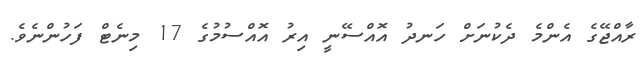
ރާއްޖޭގެ އެންމެ ދެކުނަށް ހަނދު އޮއްސޭނީ އިރު އޮއްސުމުގެ 17 މިނެޓް ފަހުންނެވެ.